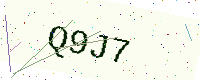
Text: Q9J7